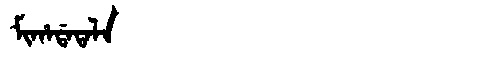
Manchu: ᠮᡳᡥᠠᡩᠠᡨᠠᠯᠠ
Romanization: MIHADATALA